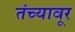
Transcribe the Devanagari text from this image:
तंच्यावूर